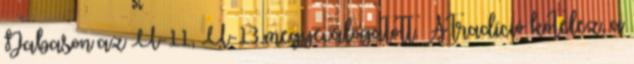
Dabason az U-11, U-13 megyeválogatott. A tradíció kötelez, a